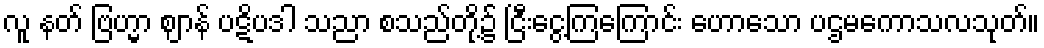
လူ နတ် ဗြဟ္မာ ဈာန် ပဋိပဒါ သညာ စသည်တို့၌ ငြီးငွေ့ကြကြောင်း ဟောသော ပဌမကောသလသုတ်။